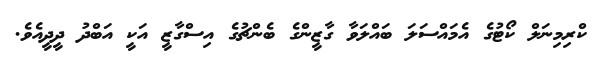
ކްރިމިނަލް ކޯޓުގެ އެމައްސަލަ ބައްލަވާ ގާޒީންގެ ބެންޗުގެ އިސްގާޒީ އަކީ އަބްދު ދީދީއެވެ.